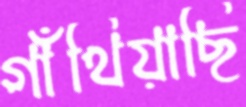
গাঁথিয়াছি